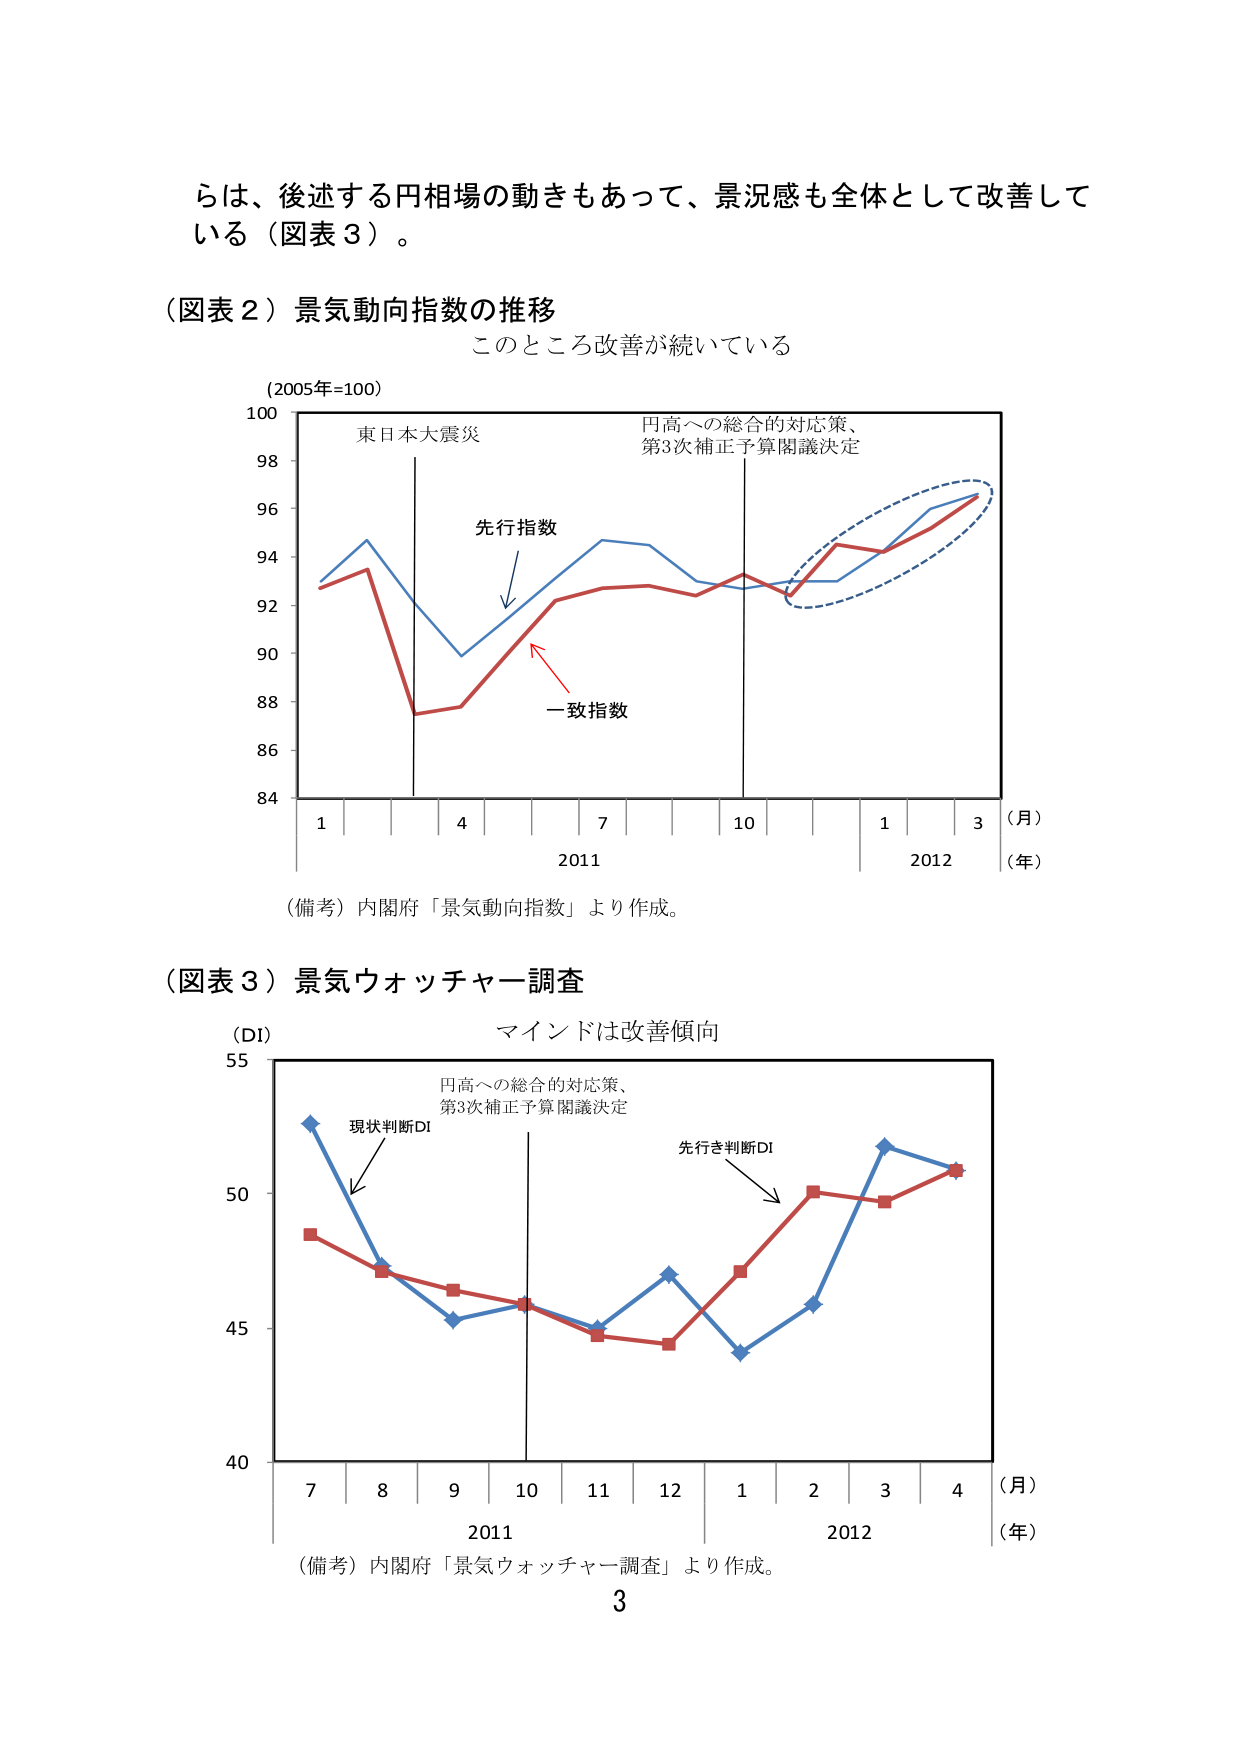
らは、後述する円相場の動きもあって、景況感も全体として改善している（図表３）。

（図表２）景気動向指数の推移
このところ改善が続いている
（2005年=100）
東日本大震災
円高への総合的対応策、
第3次補正予算閣議決定
先行指数
一致指数
（月）
（年）
1 4 7 10 1 3
2011 2012
84 86 88 90 92 94 96 98 100
（備考）内閣府「景気動向指数」より作成。

（図表３）景気ウォッチャー調査
マインドは改善傾向
（DI）
円高への総合的対応策、
第3次補正予算閣議決定
現状判断DI
先行き判断DI
（月）
（年）
7 8 9 10 11 12 1 2 3 4
2011 2012
40 45 50 55
（備考）内閣府「景気ウォッチャー調査」より作成。
3